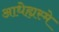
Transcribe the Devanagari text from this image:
आधेह्यस्मे